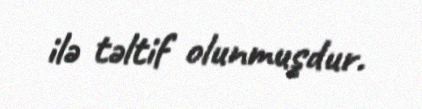
ilə təltif olunmuşdur.